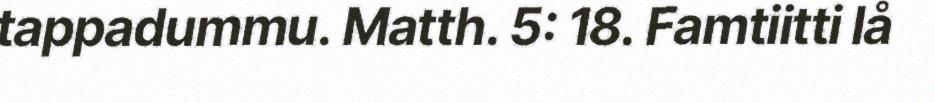
tappadummu. Matth. 5: 18. Famtiitti lå